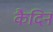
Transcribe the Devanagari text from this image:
कैदिन